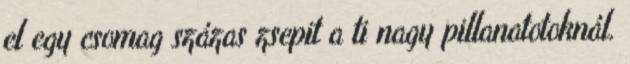
el egy csomag százas zsepit a ti nagy pillanatotoknál.